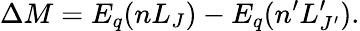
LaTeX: \Delta M=E_{q}(nL_{J})-E_{q}(n^{\prime}L_{J^{\prime}}^{\prime}).